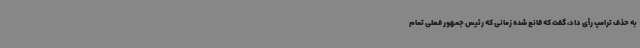
به حذف ترامپ رأی داد، گفت که قانع شده زمانی که رئیس جمهور فعلی تمام